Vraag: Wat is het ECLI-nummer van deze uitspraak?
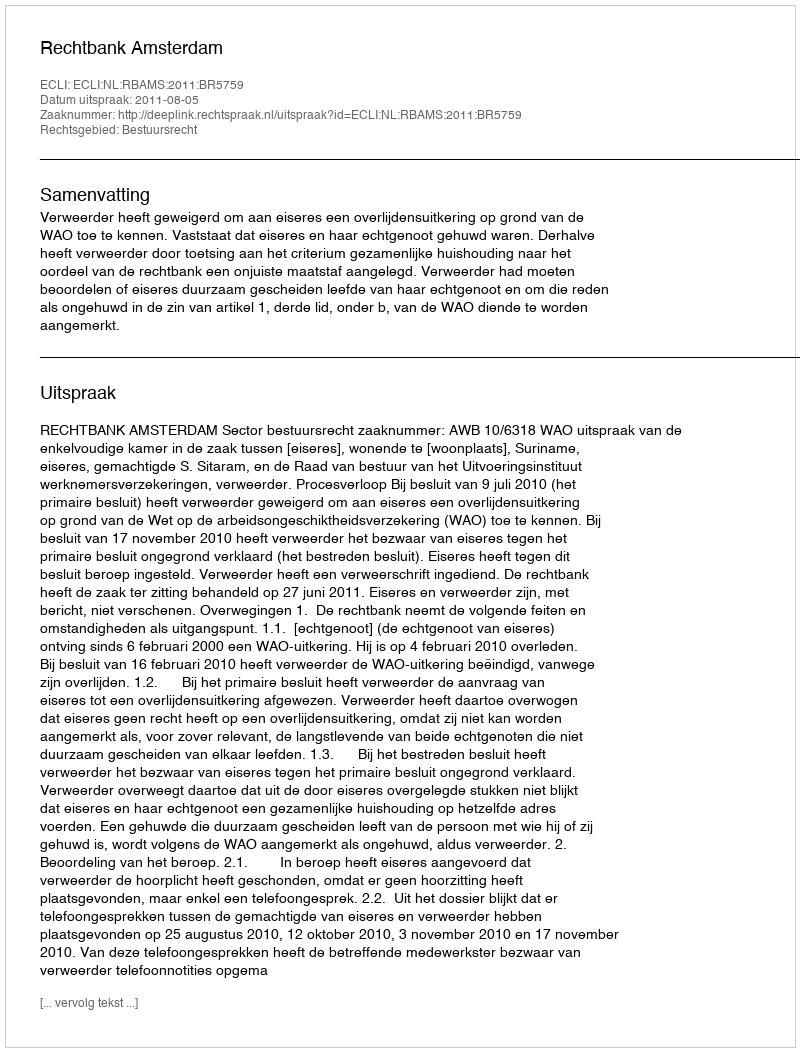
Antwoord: ECLI:NL:RBAMS:2011:BR5759